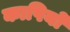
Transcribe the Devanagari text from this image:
कापियों